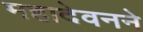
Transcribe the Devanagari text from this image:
महादेवनने